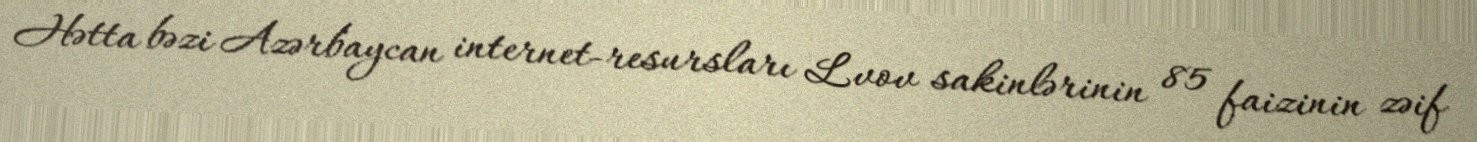
Hətta bəzi Azərbaycan internet-resursları Lvov sakinlərinin 85 faizinin zəif